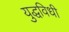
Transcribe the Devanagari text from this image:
युद्धविधी